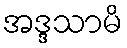
အဒ္ဒသာမိ